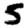
Digit: 5